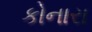
કોનારા